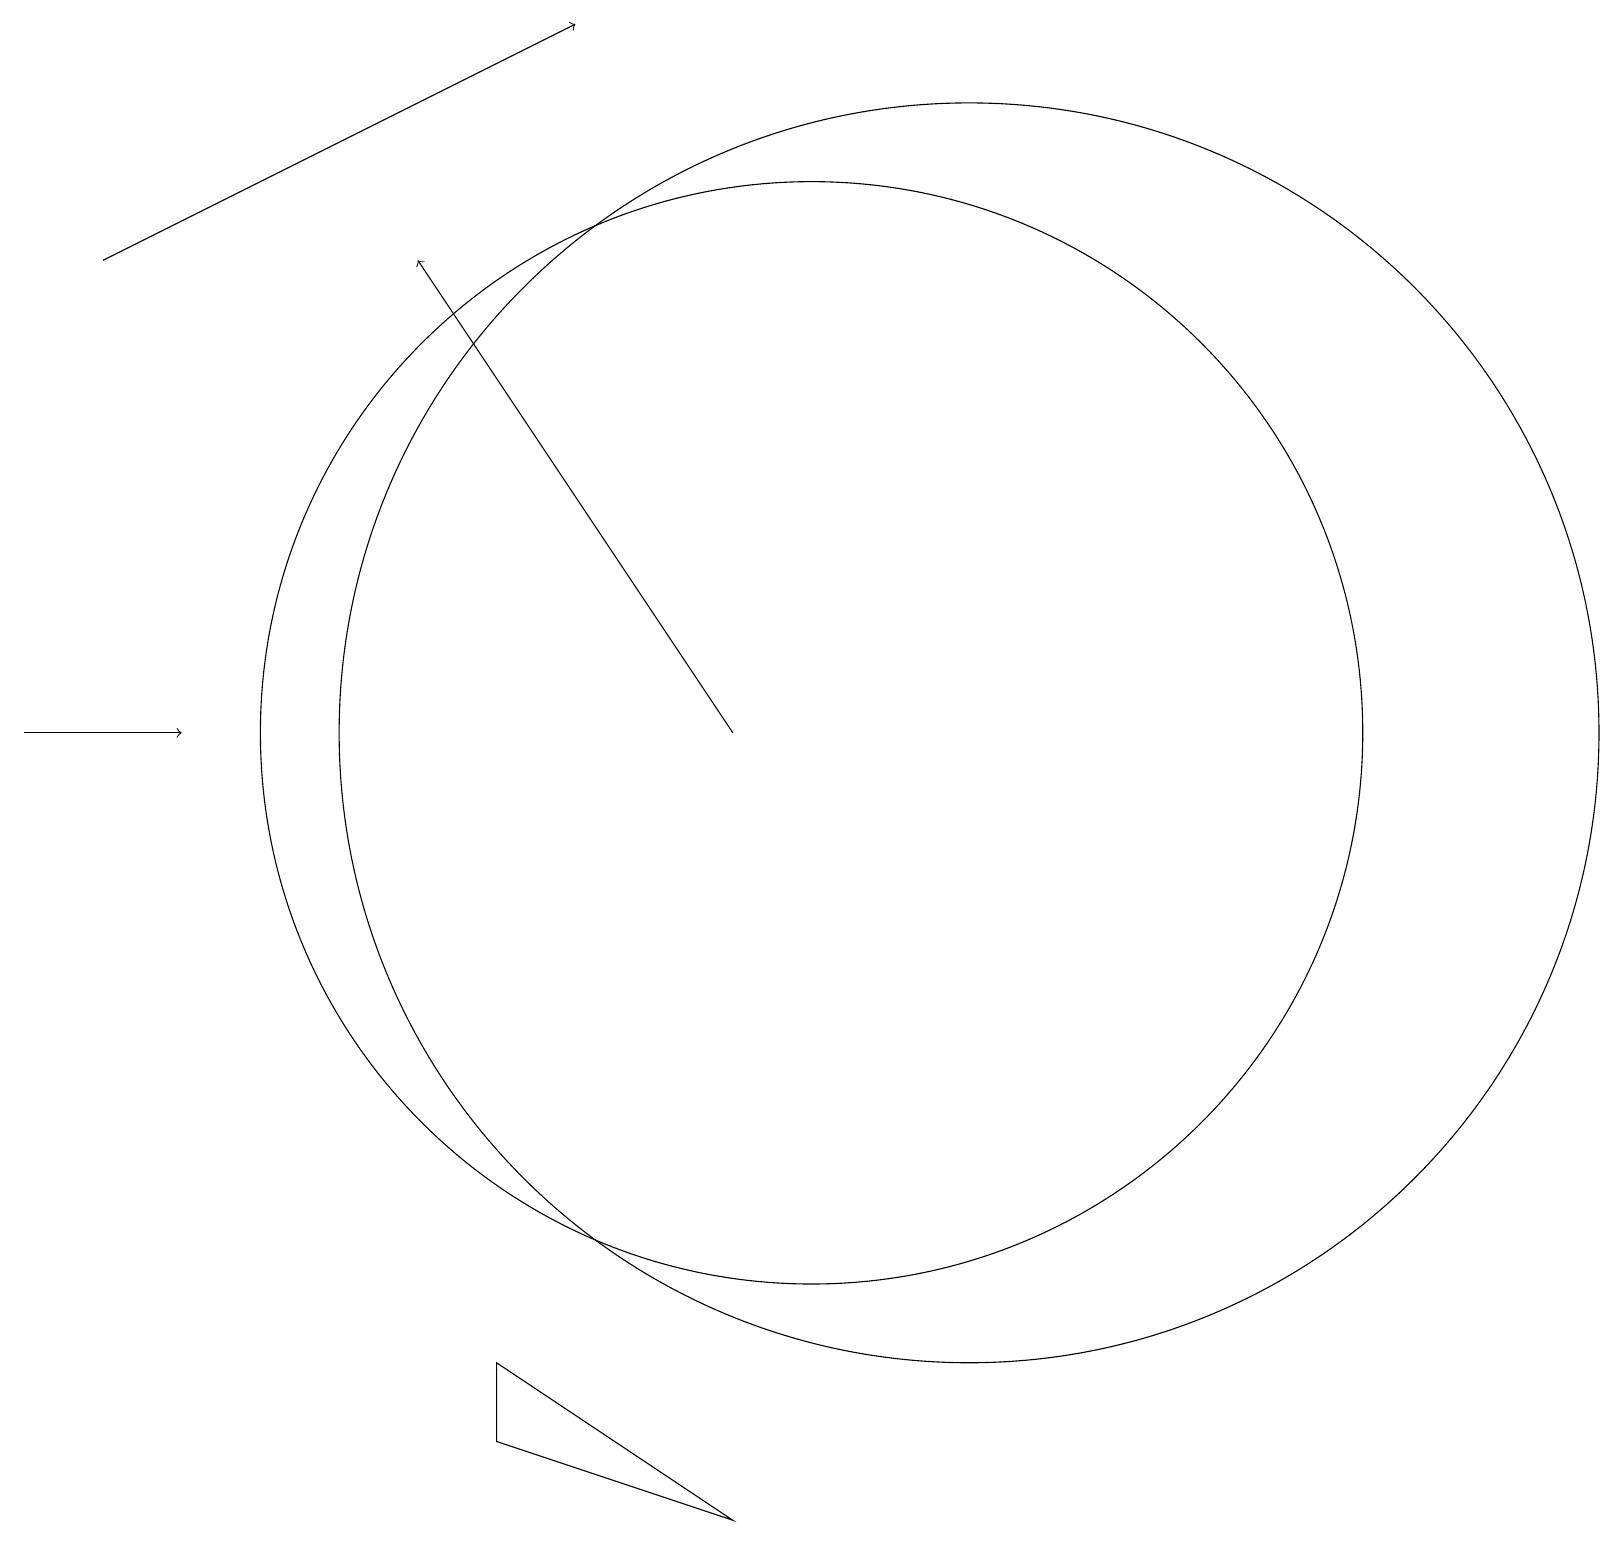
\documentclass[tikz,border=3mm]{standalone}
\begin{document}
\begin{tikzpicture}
\draw[->] (0,10) -- (2,10);
\draw[->] (1,16) -- (7,19);
\draw (10,10) circle (7);
\draw[->] (9,10) -- (5,16);
\draw (9,0) -- (6,1) -- (6,2) -- cycle;
\draw (12,10) circle (8);
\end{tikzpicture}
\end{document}